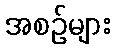
အစဉ်များ